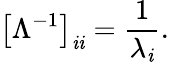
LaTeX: \left[\Lambda^{-1}\right]_{\mathit{i}\mathit{i}}={\frac{{1}}{{\lambda_{\mathit{i}}}}}.